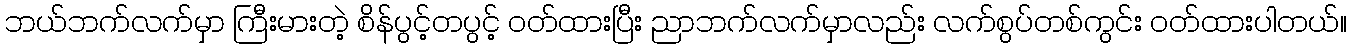
ဘယ်ဘက်လက်မှာ ကြီးမားတဲ့ စိန်ပွင့်တပွင့် ဝတ်ထားပြီး ညာဘက်လက်မှာလည်း လက်စွပ်တစ်ကွင်း ဝတ်ထားပါတယ်။